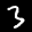
Label: 3